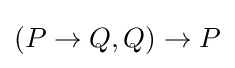
(P\to Q,Q)\to P